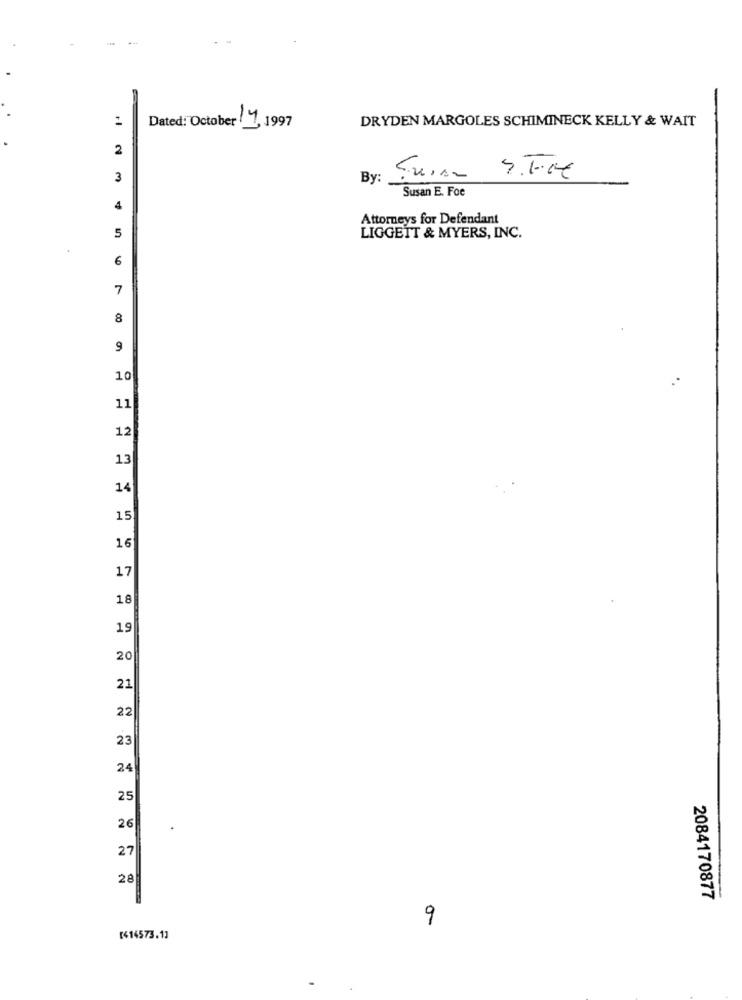
DRYDEN MARGOLES SCHIMINECK KELLY & WAIT
Dated: October 7, 1997
2
3
By
Suis
5.1.04
Susan E. Foe
4
Attorneys for Defendant
5
LIGGETT & MYERS, INC.
6
7
8
9
10
11
12
13
14
15
16
17
18
19
20
21
22
23
24
25
26
27
28
2084170877
9
[414573.1]